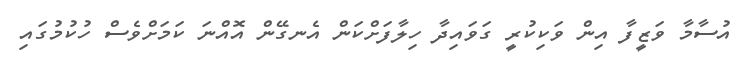
އުސާމާ ވަޒީފާ އިން ވަކިކުރީ ގަވައިދާ ހިލާފަށްކަން އެނގޭން އޮއްނަ ކަމަށްވެސް ހުކުމުގައި